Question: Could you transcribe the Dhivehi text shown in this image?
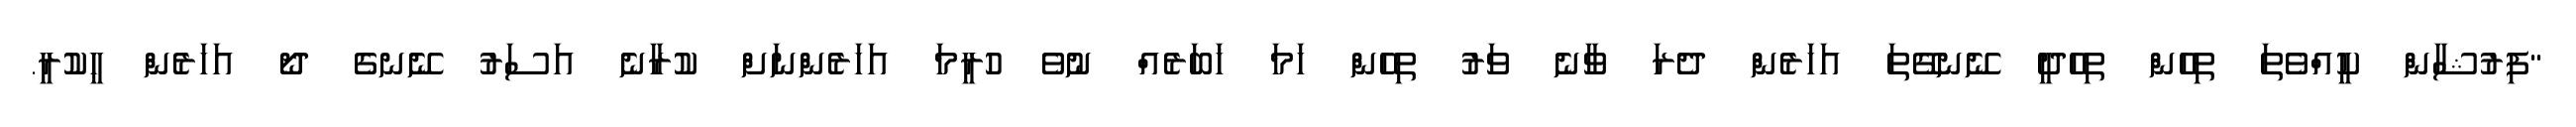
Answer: "ފިރުޝާން ކީއްވެތަ ތިހެން ތިހެދީ ނޭނގޭތަ އަހަރެން ދެރަ ވާނެ ވަރު ތިހެން ހަމަ ޚަބަރެއް ނުވެ ހުރީމަ އަހަރެންނަށް ކުރާނެ އަސަރު ނޭނގެ ދޯ އަހަރެން ހީކުރީ.